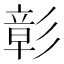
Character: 彰